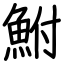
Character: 鮒